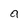
Character: a